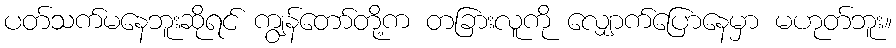
ပတ်သက်မနေဘူးဆိုရင် ကျွန်တော်တို့က တခြားလူကို လျှောက်ပြောနေမှာ မဟုတ်ဘူး။